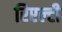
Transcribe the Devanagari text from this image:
रिएल्टी